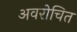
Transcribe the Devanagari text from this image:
अवरोचित